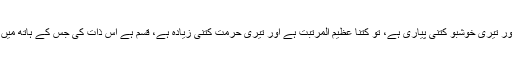
) تو کتنا عمدہ ہے اور تیری خوشبو کتنی پیاری ہے، تو کتنا عظیم المرتبت ہے اور تیری حرمت کتنی زیادہ ہے، قسم ہے اس ذات کی جس کے ہاتھ میں محمد کی جان ہے!